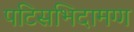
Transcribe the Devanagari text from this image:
पटिसभिदामग्ग